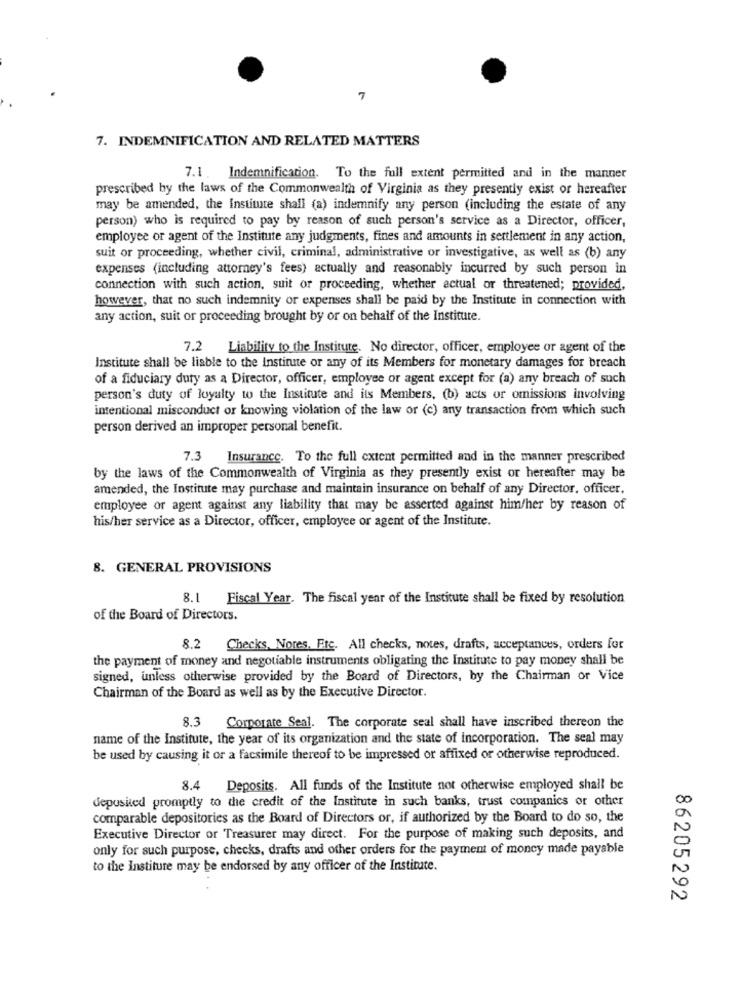
7
7. INDEMNIFICATION AND RELATED MATTERS
7.1. Indemnification. To the full extent permitted and in the manner
prescribed by the laws of the Commonwealth of Virginia as they presently exist or hereafter
may be amended, the Institute shall (a) indemnify any person (including the estate of any
person) who is required to pay by reason of such person's service as a Director, officer,
employee or agent of the Institute any judgments, fines and amounts in settlement in any action,
suit or proceeding, whether civil, criminal, administrative or investigative, as well as (b) any
expenses (including attorney's fees) actually and reasonably incurred by such person in
connection with such action, suit or proceeding, whether actual or threatened; provided,
however, that no such indemnity or expenses shall be paid by the Institute in connection with
any action, suit or proceeding brought by or on behalf of the Institute.
7.2 Liability to the Institute. No director, officer, employee or agent of the
Institute shall be liable to the Institute or any of its Members for monetary damages for breach
of a fiduciary duty as a Director, officer, employee or agent except for (a) any breach of such
person's duty of loyalty to the Institute and its Members, (b) acts or omissions involving
intentional misconduct or knowing violation of the law or (c) any transaction from which such
person derived an improper personal benefit.
7.3
Insurance. To the full extent permitted and in the manner prescribed
by the laws of the Commonwealth of Virginia as they presently exist or hereafter may be
amended, the Institute may purchase and maintain insurance on behalf of any Director, officer,
employee or agent against any liability that may be asserted against him/her by reason of
his/her service as a Director, officer, employee or agent of the Institute.
8. GENERAL PROVISIONS
8.1
Fiscal Year. The fiscal year of the Institute shall be fixed by resolution
of the Board of Directors.
8.2 Checks, Nores, Etc. All checks, notes, drafts, acceptances, orders for
the payment of money and negotiable instruments obligating the Institute to pay money shall be
signed, unless otherwise provided by the Board of Directors, by the Chairman or Vice
Chairman of the Board as well as by the Executive Director.
3 Corporate Seal. The corporate seal shall have inscribed thereon the
name of the Institute, the year of its organization and the state of Incorporation. The seal may
be used by causing it or a facsimile thereof to be impressed or affixed or otherwise reproduced.
8.4 Deposits. All funds of the Institute not otherwise employed shall be
deposited promptly to the credit of the Institute in such banks, trust companies or other
comparable depositories as the Board of Directors or, if authorized by the Board to do so, the
Executive Director or Treasurer may direct. For the purpose of making such deposits, and
only for such purpose, checks, drafts and other orders for the payment of money made payable
to the Institure may be endorsed by any officer of the Institute.
86205292